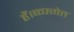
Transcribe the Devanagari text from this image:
हैं।ब्व्फ्गेत